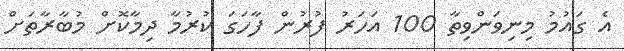
އެ ގައުމު މިނިވަންވިތާ 100 އަހަރު ފުރުން ފާހަގަ ކުރުމާ ދިމާކޮށް މުބާރާތަށް